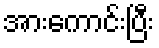
အားကောင်းပြီး